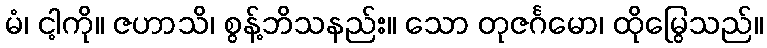
မံ၊ ငါ့ကို။ ဇဟာသိ၊ စွန့်ဘိသနည်း။ သော တုဇင်္ဂမော၊ ထိုမြွေသည်။